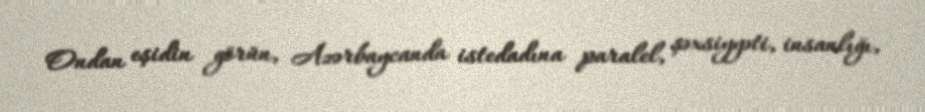
Ondan eşidin görün, Azərbaycanda istedadına paralel, şəxsiyyəti, insanlığı,